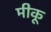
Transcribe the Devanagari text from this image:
मीकू